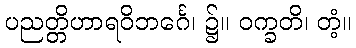
ပညတ္တိဟာရဝိဘင်္ဂေ၊ ၌။ ဝက္ခတိ၊ တံ့။